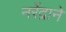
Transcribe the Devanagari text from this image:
नरेंद्राने